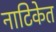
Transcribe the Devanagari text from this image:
नाटिकेत